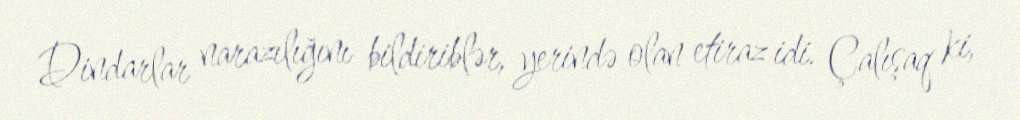
Dindarlar narazılığını bildiriblər, yerində olan etiraz idi. Çalışaq ki,